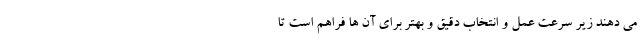
می دهند زیر سرعت عمل و انتخاب دقیق و بهتر برای آن ها فراهم است تا